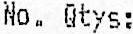
NO. QTYS: